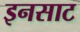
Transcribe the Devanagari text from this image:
इनसाट